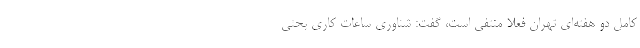
کامل دو هفته‌ای تهران فعلا منتفی است، گفت: شناوری ساعات کاری بحثی